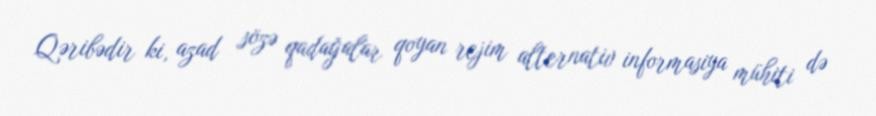
Qəribədir ki, azad sözə qadağalar qoyan rejim alternativ informasiya mühiti də